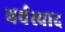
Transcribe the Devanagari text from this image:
वर्चस्वाद